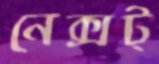
নেক্সট্